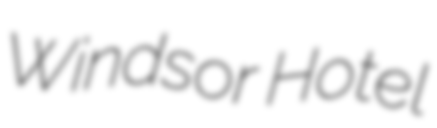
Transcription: Windsor Hotel